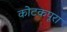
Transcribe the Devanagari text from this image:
कोटकपूरा